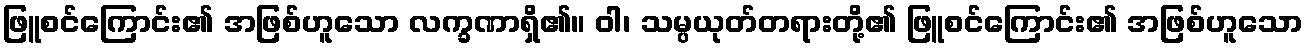
ဖြူစင်ကြောင်း၏ အဖြစ်ဟူသော လက္ခဏာရှိ၏။ ဝါ၊ သမ္ပယုတ်တရားတို့၏ ဖြူစင်ကြောင်း၏ အဖြစ်ဟူသော